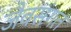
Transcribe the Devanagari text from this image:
जैवसंगत